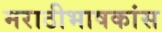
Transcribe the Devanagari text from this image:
मराठीभाषकांस